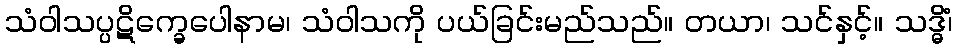
သံဝါသပ္ပဋိက္ခေပေါနာမ၊ သံဝါသကို ပယ်ခြင်းမည်သည်။ တယာ၊ သင်နှင့်။ သဒ္ဓိံ၊